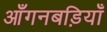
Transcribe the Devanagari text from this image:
आँगनबड़ियाँ